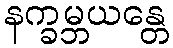
နက္ခမ္ဘယန္တေ